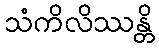
သံကိလိဿန္တိ